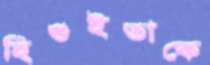
হিগুইতাকে